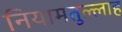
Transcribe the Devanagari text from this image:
नियामतुल्लाह